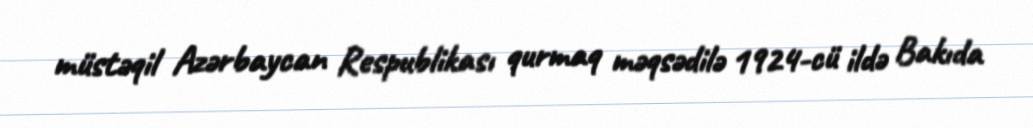
müstəqil Azərbaycan Respublikası qurmaq məqsədilə 1924-cü ildə Bakıda